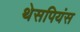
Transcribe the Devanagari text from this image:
थेसपियंस